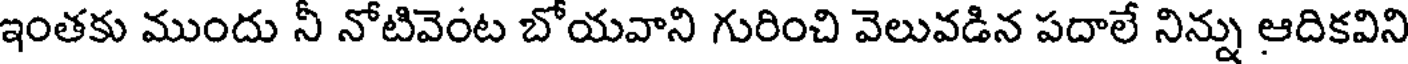
ఇంతకు ముందు నీ నోటివెంట బోయవాని గురించి వెలువడిన పదాలే నిన్ను ఆదికవిని